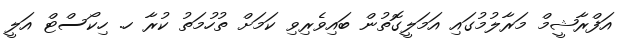
އަފްރާޝީމް މަރާލުމުގައި އަމަލީގޮތުން ބައިވެރިވި ކަމަށް ތުހުމަތު ކުރާ ހ. ހިކޯސްޓް އަލީ